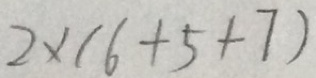
2 \times ( 6 + 5 + 7 )